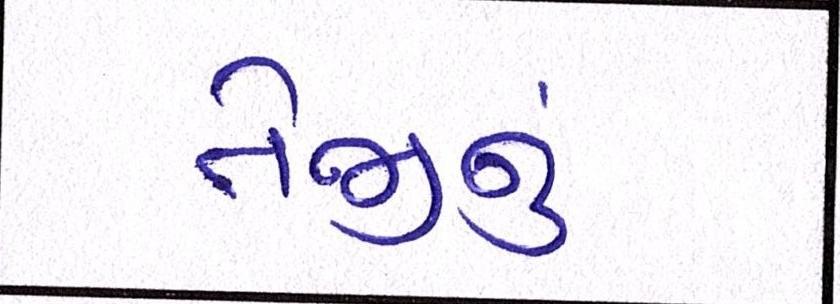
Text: તેજીનું